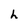
Character: h